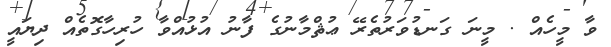
ވާ މީހެއް . މީނަ ގަނޑުވަރުތެރޭ ޢުޘްމާނުގެ ފާނު އުޅުއްވާ ހުރިހާގޮތެއް ދިޔައީ